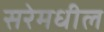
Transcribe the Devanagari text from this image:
सरेमधील